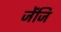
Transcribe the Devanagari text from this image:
जेंजि